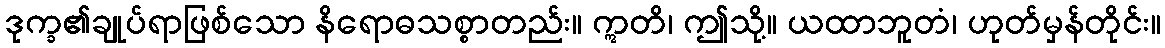
ဒုက္ခ၏ချုပ်ရာဖြစ်သော နိရောဓသစ္စာတည်း။ ဣတိ၊ ဤသို့။ ယထာဘူတံ၊ ဟုတ်မှန်တိုင်း။